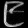
Digit: ၉